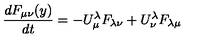
{ \frac { d F _ { \mu \nu } ( y ) } { d t } } = - U _ { \mu } ^ { \lambda } F _ { \lambda \nu } + U _ { \nu } ^ { \lambda } F _ { \lambda \mu }